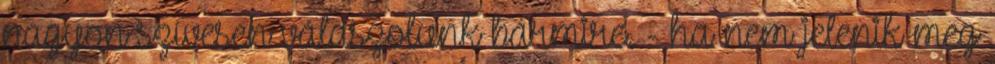
nagyon szívesen válaszolunk bármire. - ha nem jelenik meg